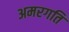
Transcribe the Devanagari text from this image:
अमरगति